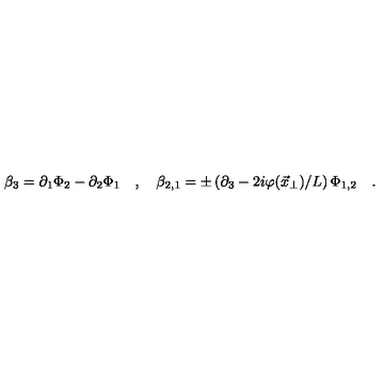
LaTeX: \beta _ { 3 } = \partial _ { 1 } \Phi _ { 2 } - \partial _ { 2 } \Phi _ { 1 } \quad , \quad \beta _ { 2 , 1 } = \pm \left( \partial _ { 3 } - 2 i \varphi ( \vec { x } _ { \perp } ) / L \right) \Phi _ { 1 , 2 } \quad .